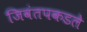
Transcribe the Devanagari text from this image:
जिवंतपकडले